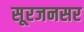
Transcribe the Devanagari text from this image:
सूरजनसर